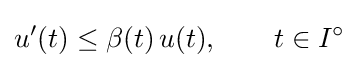
u'(t)\leq \beta (t)\,u(t),\qquad t\in I^{\circ }